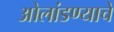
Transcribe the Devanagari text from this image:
ओलांडण्याचे